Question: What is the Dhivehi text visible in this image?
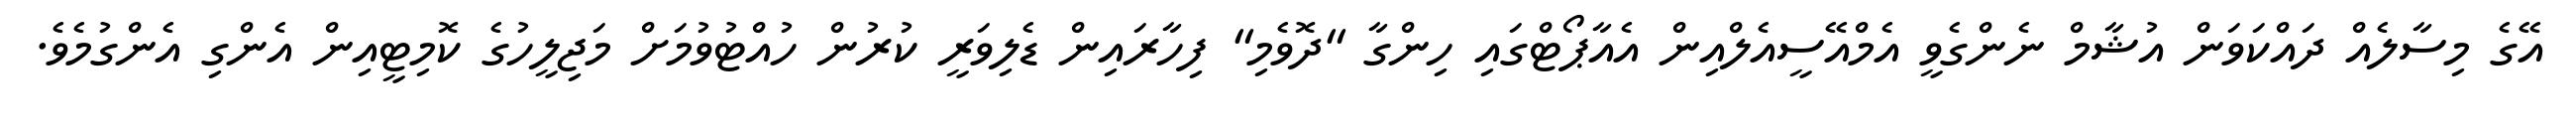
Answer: އޭގެ މިސާލެއް ދައްކަވަން އުޝާމް ނެންގެވީ އެމްއޭސީއެލްއިން އެއާޕޯޓްގައި ހިންގާ "ދޮވެމި" ފިހާރައިން ޑެލިވަރީ ކުރުން ހުއްޓުވުމަށް މަޖިލީހުގެ ކޮމިޓީއިން އެންގި އެންގުމެވެ.